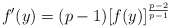
\begin{align*}f'(y)=(p-1)[f(y)]^{\frac{p-2}{p-1}}\end{align*}